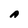
Character: A